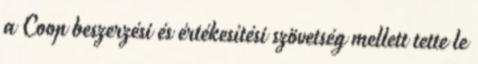
a Coop beszerzési és értékesítési szövetség mellett tette le